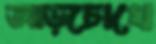
আড়চোখে